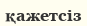
қажетсіз